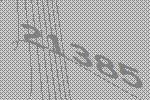
21385